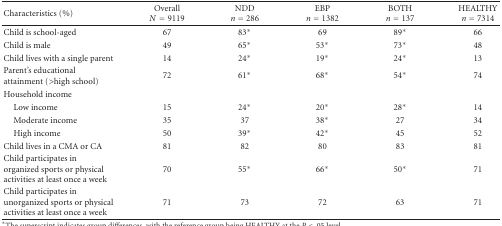
<table><thead><tr><td><b>Characteristics (%)</b></td><td><b>Overall <i>N</i> = 9119</b></td><td><b>NDD <i>n</i> = 286</b></td><td><b>EBP <i>n</i> = 1382</b></td><td><b>BOTH <i>n</i> = 137</b></td><td><b>HEALTHY <i>n</i> = 7314</b></td></tr></thead><tbody><tr><td>Child is school-aged</td><td>67</td><td>83*</td><td>69</td><td>89*</td><td>66</td></tr><tr><td>Child is male</td><td>49</td><td>65*</td><td>53*</td><td>73*</td><td>48</td></tr><tr><td>Child lives with a single parent</td><td>14</td><td>24*</td><td>19*</td><td>24*</td><td>13</td></tr><tr><td>Parent&#x27;s educational attainment (&gt;high school)</td><td>72</td><td>61*</td><td>68*</td><td>54*</td><td>74</td></tr><tr><td>Household income</td><td></td><td></td><td></td><td></td><td></td></tr><tr><td> Low income</td><td>15</td><td>24*</td><td>20*</td><td>28*</td><td>14</td></tr><tr><td> Moderate income</td><td>35</td><td>37</td><td>38*</td><td>27</td><td>34</td></tr><tr><td> High income</td><td>50</td><td>39*</td><td>42*</td><td>45</td><td>52</td></tr><tr><td>Child lives in a CMA or CA</td><td>81</td><td>82</td><td>80</td><td>83</td><td>81</td></tr><tr><td>Child participates in organized sports or physical activities at least once a week</td><td> 70</td><td> 55*</td><td> 66*</td><td> 50*</td><td> 71</td></tr><tr><td>Child participates in unorganized sports or physical activities at least once a week</td><td> 71</td><td> 73</td><td> 72</td><td> 63</td><td> 71</td></tr></tbody></table>